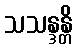
သသန္ဒန္တိ